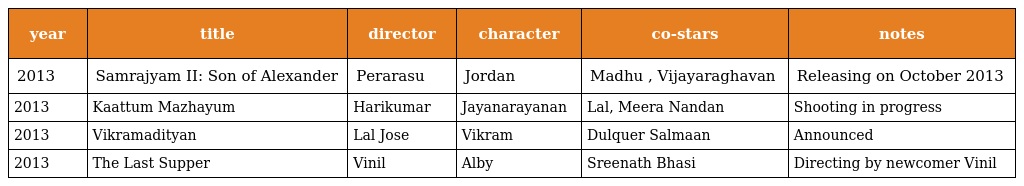
| year | title | director | character | co-stars | notes |
 | --- | --- | --- | --- | --- | --- |
 | 2013 | Samrajyam II: Son of Alexander | Perarasu | Jordan | Madhu , Vijayaraghavan | Releasing on October 2013 |
 | 2013 | Kaattum Mazhayum | Harikumar | Jayanarayanan | Lal, Meera Nandan | Shooting in progress |
 | 2013 | Vikramadityan | Lal Jose | Vikram | Dulquer Salmaan | Announced |
 | 2013 | The Last Supper | Vinil | Alby | Sreenath Bhasi | Directing by newcomer Vinil |